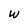
Character: W